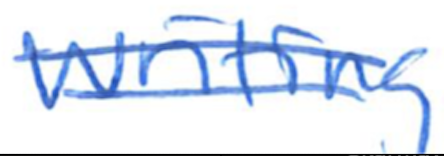
Text: writing
Cross-out: double-line
Writing tool: ballpoint